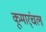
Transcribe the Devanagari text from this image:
कूमार्ंचल